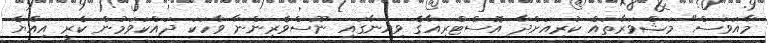
މާއަވަސް" މަޝްވަރާތައް ކުރިއަށްދާ އޮސްޓްރިއާގެ ވިއެނާގައި ނޫސްވެރިންނާ ވާހަކަ ދައްކަވަމުން ކެރީ އިއްޔެ